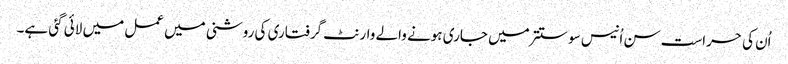
اُن کی حراست سن اُنیس سو ستتر میں جاری ہونے والے وارنٹ گرفتاری کی روشنی میں عمل میں لائی گئی ہے۔